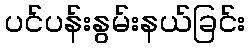
ပင်ပန်းနွမ်းနယ်ခြင်း